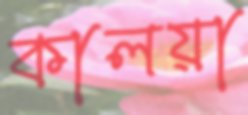
কালয়া